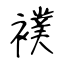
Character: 襆